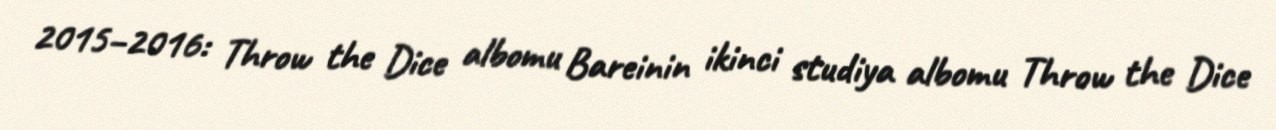
2015–2016: Throw the Dice albomu Bareinin ikinci studiya albomu Throw the Dice